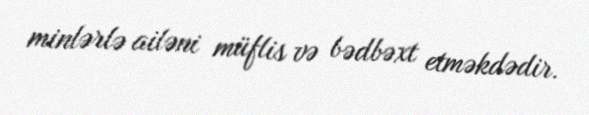
minlərlə ailəni müflis və bədbəxt etməkdədir.